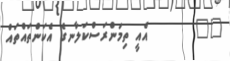
١٢       އެއީ ތިމަންރަސްކަލާނގެ އެކަންތައްތައް